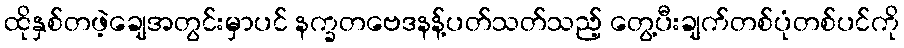
ထိုနှစ်တဖဲ့ချေအတွင်းမှာပင် နက္ခတဗေဒနန့်ပတ်သတ်သည့် တွေ့ပီးချက်တစ်ပုံတစ်ပင်ကို